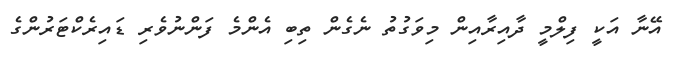
އޭނާ އަކީ ފިލްމީ ދާއިރާއިން މިވަގުތު ނެގެން ތިބި އެންމެ ފަންނުވެރި ޑައިރެކްޓަރުންގެ